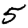
Digit: 5